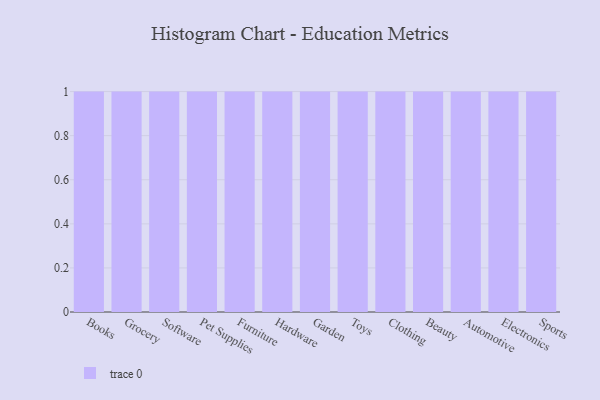
{"axis": {"x": "Category", "y": "Production Output"}, "legend": [""], "data": [{"x": "Books", "y": 52, "type": ""}, {"x": "Grocery", "y": 79, "type": ""}, {"x": "Software", "y": 61, "type": ""}, {"x": "Pet Supplies", "y": 100, "type": ""}, {"x": "Furniture", "y": 58, "type": ""}, {"x": "Hardware", "y": 9, "type": ""}, {"x": "Garden", "y": 7, "type": ""}, {"x": "Toys", "y": 38, "type": ""}, {"x": "Clothing", "y": 6, "type": ""}, {"x": "Beauty", "y": 20, "type": ""}, {"x": "Automotive", "y": 44, "type": ""}, {"x": "Electronics", "y": 82, "type": ""}, {"x": "Sports", "y": 41, "type": ""}]}